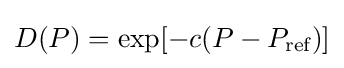
D(P)=\exp[-c(P-P_{\text{ref}})]